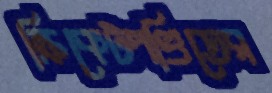
ক্রিকেটপণ্ডিতের